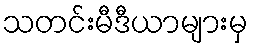
သတင်းမီဒီယာများမှ